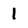
Character: 1